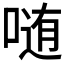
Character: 𱓬